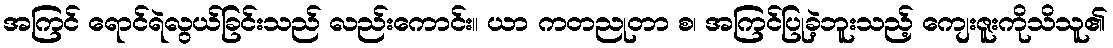
အကြင် ရောင်ရဲလွယ်ခြင်းသည် လည်းကောင်း။ ယာ ကတညုတာ စ၊ အကြင်ပြုခဲ့ဘူးသည့် ကျေးဇူးကိုသိသူ၏